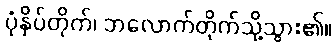
ပုံနှိပ်တိုက်၊ ဘလောက်တိုက်သို့သွား၏။